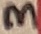
Text: 3